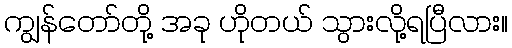
ကျွန်တော်တို့ အခု ဟိုတယ် သွားလို့ရပြီလား။